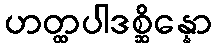
ဟတ္ထပါဒစ္ဆိန္နော